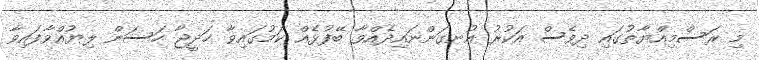
މި ރަސްމިއްޔާތުގައި ދިވެސް އަކުރު އުނގަންނައިދެއްވާ ބޭފުޅެއް ކަމުގައިވާ ޚަދީޖާ ހަސަން ލިޔުއްވާފައިވާ